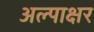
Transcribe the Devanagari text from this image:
अल्पाक्षर